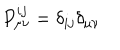
P _ { \mu \nu } ^ { i j } = \delta _ { i j } \delta _ { \mu \nu }